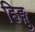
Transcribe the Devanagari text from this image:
हिङ्गु